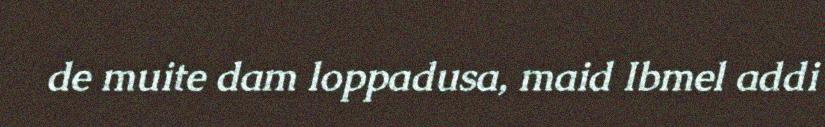
de muite dam loppadusa, maid Ibmel addi